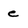
Character: e